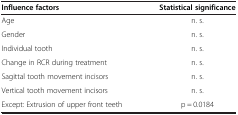
<table><thead><tr><td><b>Influence factors</b></td><td><b>Statistical significance</b></td></tr></thead><tbody><tr><td>Age</td><td>n. s.</td></tr><tr><td>Gender</td><td>n. s.</td></tr><tr><td>Individual tooth</td><td>n. s.</td></tr><tr><td>Change in RCR during treatment</td><td>n. s.</td></tr><tr><td>Sagittal tooth movement incisors</td><td>n. s.</td></tr><tr><td>Vertical tooth movement incisors</td><td>n. s.</td></tr><tr><td>Except: Extrusion of upper front teeth</td><td>p = 0.0184</td></tr></tbody></table>